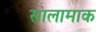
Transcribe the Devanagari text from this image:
सालामाक